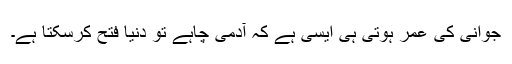
جوانی کی عمر ہوتی ہی ایسی ہے کہ آدمی چاہے تو دنیا فتح کرسکتا ہے۔